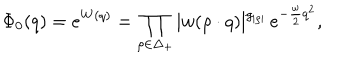
LaTeX: \Phi _ { 0 } ( q ) = e ^ { W ( q ) } = \prod _ { \rho \in \Delta _ { + } } | w ( \rho \cdot q ) | ^ { g _ { | \rho | } } \, e ^ { - { \frac { \omega } { 2 } } q ^ { 2 } } ,